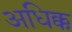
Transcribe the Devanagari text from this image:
अधिक्क